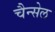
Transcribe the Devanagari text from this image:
चैन्सेल